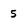
Character: 5